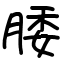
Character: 腇